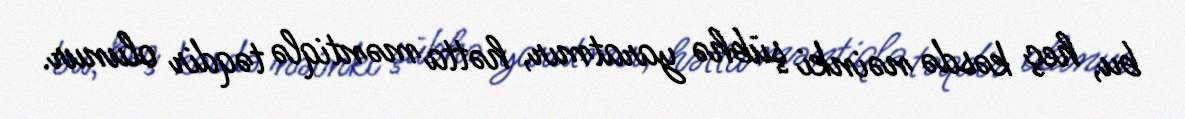
bu, heç kəsdə nəinki şübhə yaratmır, hətta məntiqlə təqdir olunur.